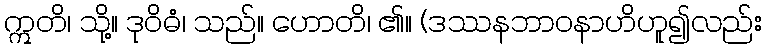
ဣတိ၊ သို့။ ဒုဝိဓံ၊ သည်။ ဟောတိ၊ ၏။ (ဒဿနဘာဝနာဟိဟူ၍လည်း